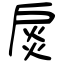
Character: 扊